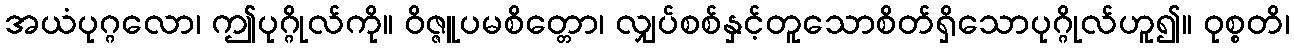
အယံပုဂ္ဂလော၊ ဤပုဂ္ဂိုလ်ကို။ ဝိဇ္ဇူပမစိတ္တော၊ လျှပ်စစ်နှင့်တူသောစိတ်ရှိသောပုဂ္ဂိုလ်ဟူ၍။ ဝုစ္စတိ၊